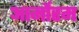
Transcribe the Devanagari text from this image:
आर्मोरम